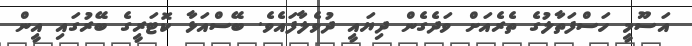
އަސޫމީ ހަސްފަތާލުގެ ތެރެއަށް ވަދެގެން ދިޔައީ ދުވެލާފައެވެ. ބޭސްއަޅާ ކޮޓަރީގެ ބޭރުގައި އީން